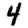
Digit: 4